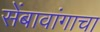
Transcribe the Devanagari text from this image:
सेंबावांगाचा